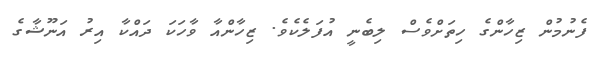
ފެނުމުން ޒިހާންގެ ހިތަށްވެސް ލިބެނީ އުފަލެކެވެ. ޒިހާންއާ ވާހަކަ ދައްކާ އިރު އަނޫޝާގެ